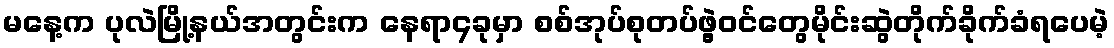
မနေ့က ပုလဲမြို့နယ်အတွင်းက နေရာ၄ခုမှာ စစ်အုပ်စုတပ်ဖွဲ့ဝင်တွေမိုင်းဆွဲတိုက်ခိုက်ခံရပေမဲ့